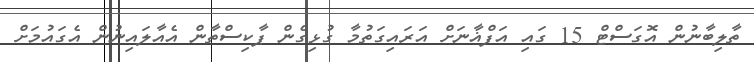
ތާލިބާނުން އޮގަސްޓް 15 ގައި އަފްޣާނަށް އަރައިގަތުމާ ގުޅިގެން ޕާކިސްތާން އެއާލައިނުން އެގައުމަށް